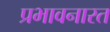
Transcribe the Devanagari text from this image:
प्रभावनारत